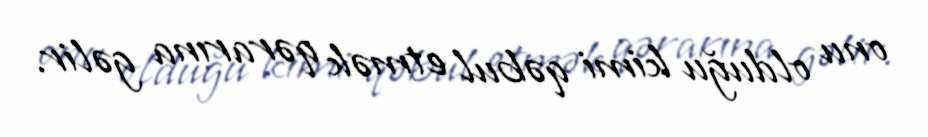
onu olduğu kimi qəbul etmək qərarına gəlir.